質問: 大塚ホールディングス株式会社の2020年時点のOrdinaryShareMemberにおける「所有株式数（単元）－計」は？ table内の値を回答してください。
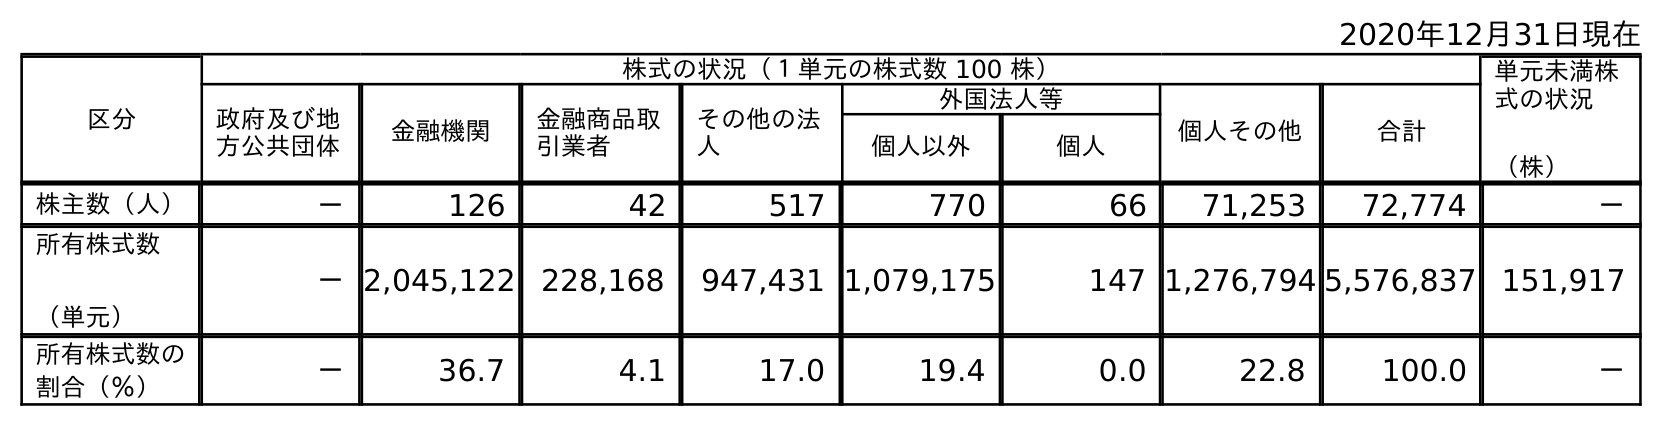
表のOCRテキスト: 2020年12月31日現在 区分 株式の状況（１単元の株式数 100 株） 単元未満株 式の状況 （株） 政府及び地 方公共団体 金融機関 金融商品取 引業者 その他の法 人 外国法人等 個人その他 合計 個人以外 個人 株主数（人） － 126 42 517 770 66 71,253 72,774 － 所有株式数 （単元） －2,045,122 228,168 947,431 1,079,175 147 1,276,794 5,576,837 151,917 所有株式数の 割合（％） － 36.7 4.1 17.0 19.4 0.0 22.8 100.0 －
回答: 5,576,837